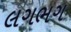
લગભગ